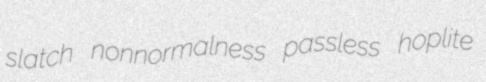
slatch nonnormalness passless hoplite